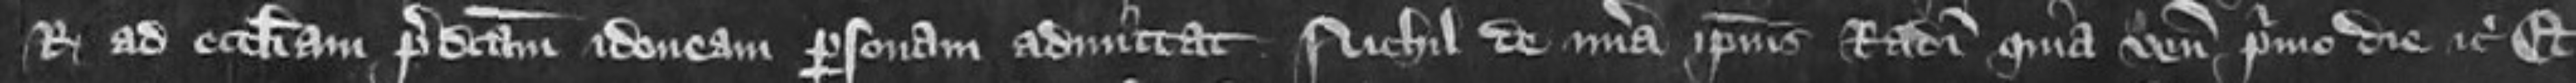
Regis ad ecclesiam predictam idoneam personam admittat Nihil de misericordia ipsius Radulphi quia venit primo die etc Et